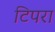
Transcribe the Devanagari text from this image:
टिपरा